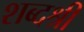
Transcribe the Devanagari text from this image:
शब्दश्री